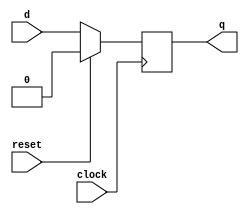
`timescale 1ns / 1ns

module flipflop (input d, clock, reset, output reg q);

	always @ (posedge clock) //at positive edge of clock
	begin
	if (reset == 1'b1) //if reset is on
		q <= 0; //output is 0
	else
		q <= d; //else output is the value at input
	end
	
endmodule

module mux2to1(x, y, s, m);

    input x; //select 0
    input y; //select 1
    input s; //select signal
    output m; //output
  
assign m = (s & y) | (~s & x); //mux formula

endmodule

module subcircuit(input right, left, LoadLeft, D, loadn, clock, reset, output Q);
	wire w1, w2;
	
	mux2to1 m1(right, left, LoadLeft, w1); //second mux
	//chooses between rotating left or right

	mux2to1 m2(D, w1, loadn, w2); //first mux
	//chooses between rotating or storing the given values

	flipflop f1(w2, clock , reset, Q); //flip flop is connected to w2

endmodule

module register(input ParallelLoadn, RotateRight, LSRight, clock, reset, input [7:0] DATA_IN, output [7:0] Q);

	wire w0,w1,w2,w3,w4,w5,w6,w7; // wires to connect all the instantiations of subcircuit
	//eight instantiations of the subcircuit module which are all connected together
	//firdt circuit's left inout is multipled by the inverse of LeftRight to get the provided results

	subcircuit u7(w6, (~LSRight)*w0, RotateRight, DATA_IN[7], ParallelLoadn, clock, reset, w7);
	subcircuit u6(w5, w7, RotateRight, DATA_IN[6], ParallelLoadn, clock, reset, w6);
	subcircuit u5(w4, w6, RotateRight, DATA_IN[5], ParallelLoadn, clock, reset, w5);
	subcircuit u4(w3, w5, RotateRight, DATA_IN[4], ParallelLoadn, clock, reset, w4);
	subcircuit u3(w2, w4, RotateRight, DATA_IN[3], ParallelLoadn, clock, reset, w3);
	subcircuit u2(w1, w3, RotateRight, DATA_IN[2], ParallelLoadn, clock, reset, w2);
	subcircuit u1(w0, w2, RotateRight, DATA_IN[1], ParallelLoadn, clock, reset, w1);
	subcircuit u0(w7, w1, RotateRight, DATA_IN[0], ParallelLoadn, clock, reset, w0);
	assign Q[0] = w0; //all wires are assigned to the corresponding output
	assign Q[1] = w1;
	assign Q[2] = w2;
	assign Q[3] = w3;
	assign Q[4] = w4;
	assign Q[5] = w5;
	assign Q[6] = w6;
	assign Q[7] = w7;
	
endmodule

module lab4part3(SW, KEY, LEDR); //top level module

	input [9:0] SW;
	input [3:0] KEY;
	output [7:0] LEDR;
	register u0(KEY[1], KEY[2], KEY[3], KEY[0], SW[9], SW[7:0], LEDR[7:0]);

endmodule